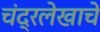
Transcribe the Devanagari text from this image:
चंद्रलेखाचे